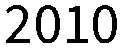
2010